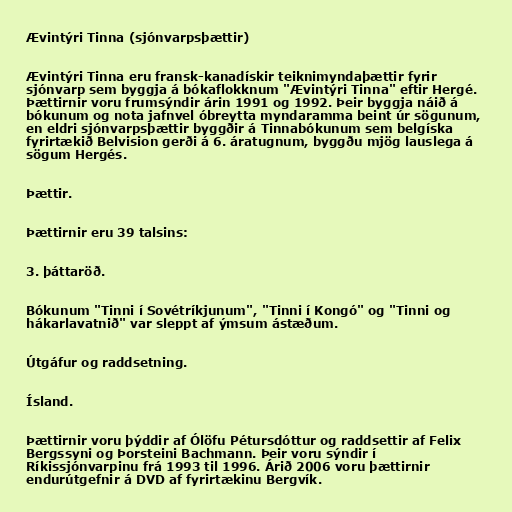
Ævintýri Tinna (sjónvarpsþættir)

Ævintýri Tinna eru fransk-kanadískir teiknimyndaþættir fyrir
sjónvarp sem byggja á bókaflokknum "Ævintýri Tinna" eftir Hergé.
Þættirnir voru frumsýndir árin 1991 og 1992. Þeir byggja náið á
bókunum og nota jafnvel óbreytta myndaramma beint úr sögunum,
en eldri sjónvarpsþættir byggðir á Tinnabókunum sem belgíska
fyrirtækið Belvision gerði á 6. áratugnum, byggðu mjög lauslega á
sögum Hergés.

Þættir.

Þættirnir eru 39 talsins:

3. þáttaröð.

Bókunum "Tinni í Sovétríkjunum", "Tinni í Kongó" og "Tinni og
hákarlavatnið" var sleppt af ýmsum ástæðum.

Útgáfur og raddsetning.

Ísland.

Þættirnir voru þýddir af Ólöfu Pétursdóttur og raddsettir af Felix
Bergssyni og Þorsteini Bachmann. Þeir voru sýndir í
Ríkissjónvarpinu frá 1993 til 1996. Árið 2006 voru þættirnir
endurútgefnir á DVD af fyrirtækinu Bergvík.